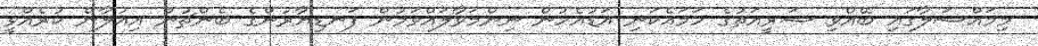
މިމައްސަލާގައި ބޭއްވި ޝަރީއަތުގެ ހަމައެކަނި އަޑުއެހުން ނިންމަވާލައްވަމުން ފަނޑިޔާރުންގެ ބެންޗުން އިއުލާން ކުރެއްވީ